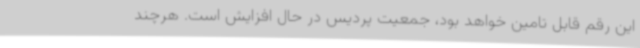
این رقم قابل تامین خواهد بود، جمعیت پردیس در حال افزایش است. هرچند